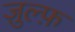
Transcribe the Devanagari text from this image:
ज़ुल्फ़